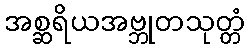
အစ္ဆရိယအဗ္ဘုတသုတ္တံ